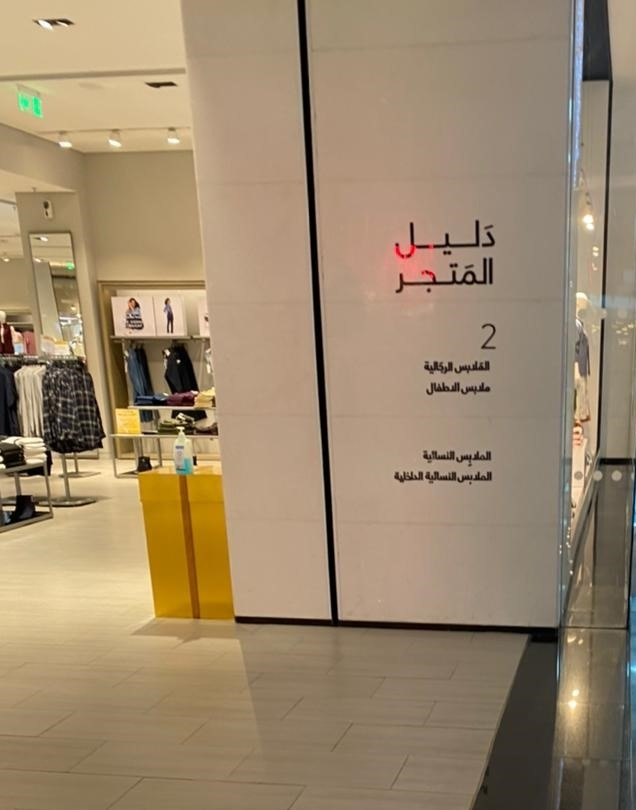
Text in image: دليل المتجر الملابس الرجالية الاطفال ملابس النسائية الملابس الداخلية النسائية الملابس